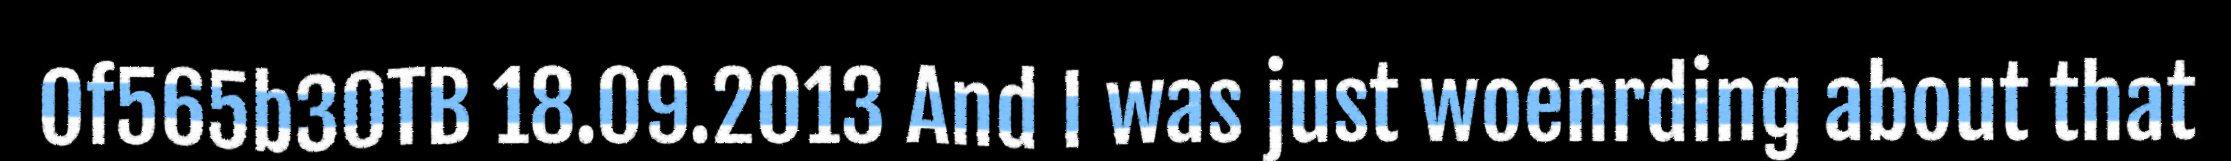
Of565b30TB 18.09.2013 And I was just woenrding about that